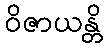
ဝိဇာယန္တိ